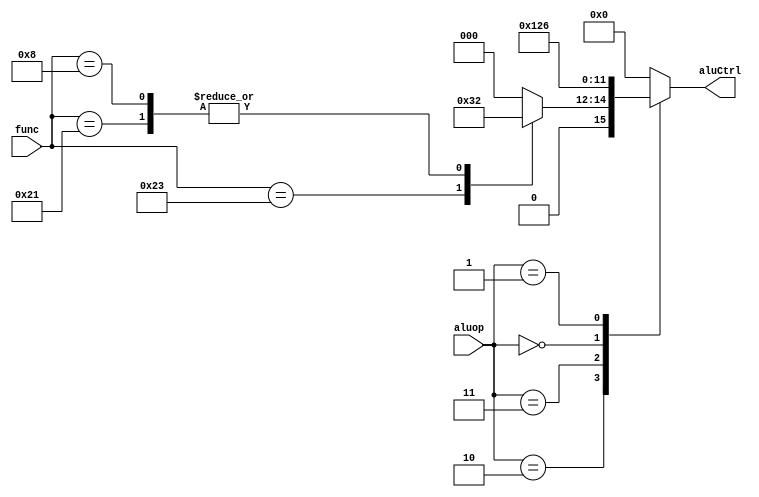
`timescale 1ns / 1ps
//////////////////////////////////////////////////////////////////////////////////
// Company: 
// Engineer: 
// 
// Design Name: 
// Module Name:    ALUop 
// Project Name: 
// Target Devices: 
// Tool versions: 
// Description: 
//
// Dependencies: 
//
// Revision: 
// Revision 0.01 - File Created
// Additional Comments: 
//
//////////////////////////////////////////////////////////////////////////////////
`define R_alu 3'b010

`define addu 6'b100001
`define addu_alu 4'b0010
`define subu 6'b100011
`define subu_alu 4'b0110
`define jr 6'b001000


`define or_ 3'b011
`define or_alu 4'b0001
`define zero_alu 4'b0000
module ALUop(
    input [2:0] aluop,
    input [5:0] func,
    output reg[3:0] aluCtrl
    );
    always@(*)begin
		case (aluop)
			`R_alu: begin
				case(func)
					`addu: aluCtrl<=`addu_alu;
					`subu: aluCtrl<=`subu_alu;
					`jr: aluCtrl<=`addu_alu;
					default :  aluCtrl<=`zero_alu;
				endcase
			end
			`or_: aluCtrl<=`or_alu;
			3'b000: aluCtrl<=`addu_alu; // USE FOR LW SW to calculate addr
			3'b001: aluCtrl<=`subu_alu;
			3'b111: aluCtrl<=`zero_alu;
			default: aluCtrl<=`zero_alu;
		endcase
	end

endmodule